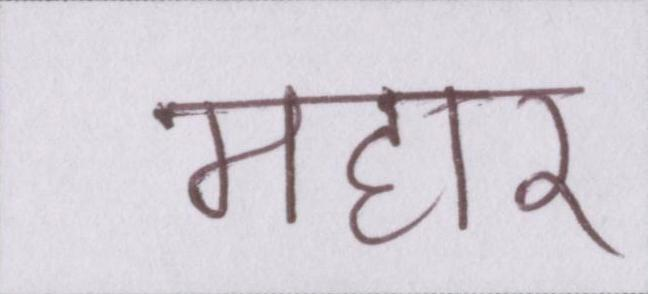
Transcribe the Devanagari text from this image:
महार